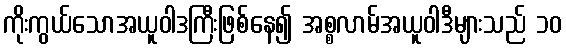
ကိုးကွယ်သောအယူဝါဒကြီးဖြစ်နေ၍ အစ္စလာမ်အယူဝါဒီများသည် ၁၀